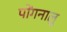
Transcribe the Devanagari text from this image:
पोंगनालु